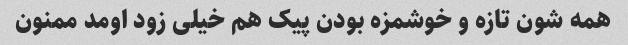
همه شون تازه و خوشمزه بودن پیک هم خیلی زود اومد ممنون